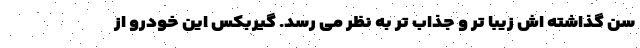
سن گذاشته اش زیبا تر و جذاب تر به نظر می رسد. گیربکس این خودرو از